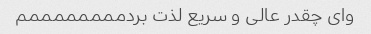
وای چقدر عالی و سریع لذت بردممممممممم